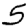
Digit: 5